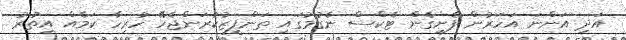
އަދި އަންނަ އަހަރުން ފެށިގެން ޓެކްސް ނެގުމުގައި ތަންފީޒުކުރަންޖެހޭ ހުރިހާ ކަމެއް އިތުރު